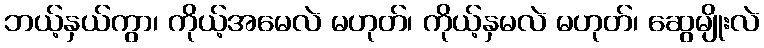
ဘယ့်နှယ်ကွာ၊ ကိုယ့်အမေလဲ မဟုတ်၊ ကိုယ့်နှမလဲ မဟုတ်၊ ဆွေမျိုးလဲ